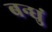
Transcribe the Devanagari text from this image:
बन्धुं